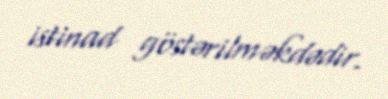
istinad göstərilməkdədir.